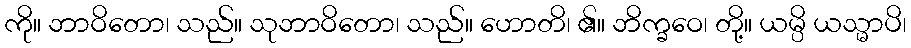
ကို။ ဘာဝိတော၊ သည်။ သုဘာဝိတော၊ သည်။ ဟောတိ၊ ၏။ ဘိက္ခဝေ၊ တို့။ ယမ္ပိ ယသ္မာပိ၊